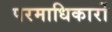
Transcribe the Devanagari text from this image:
परमाधिकारों